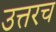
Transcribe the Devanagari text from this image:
उत्तरच